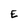
Character: E